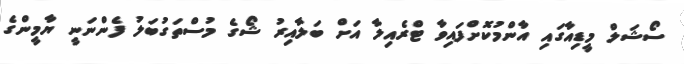
ސޯޝަލް މީޑިއާގައި އާންމުކޮށްފައިވާ ޓްރެއިލާ އަށް ބަލާއިރު ޝޯގެ މުސްތަގުބަލު ފެންނަނީ ޔާމީންގެ